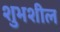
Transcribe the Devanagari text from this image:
शुभशील